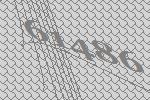
61486